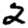
Digit: 2